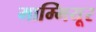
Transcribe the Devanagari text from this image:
माम्मियूर